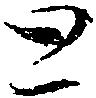
と